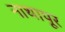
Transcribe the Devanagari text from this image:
नाथापूर